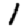
Digit: 1